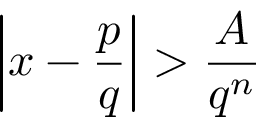
\left| x - { \frac { p } { q } } \right| > { \frac { A } { q ^ { n } } }